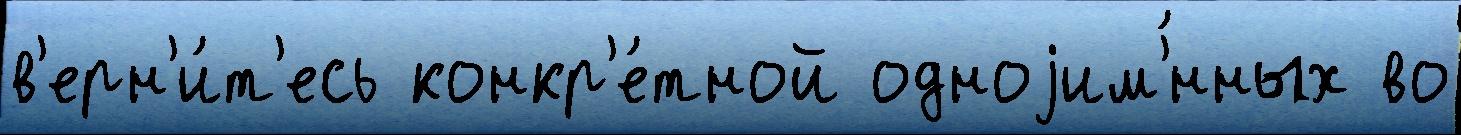
в'ерн'и́т'есь конкр'е́тной одноjим'́нных во